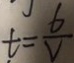
t = \frac { 6 } { V }